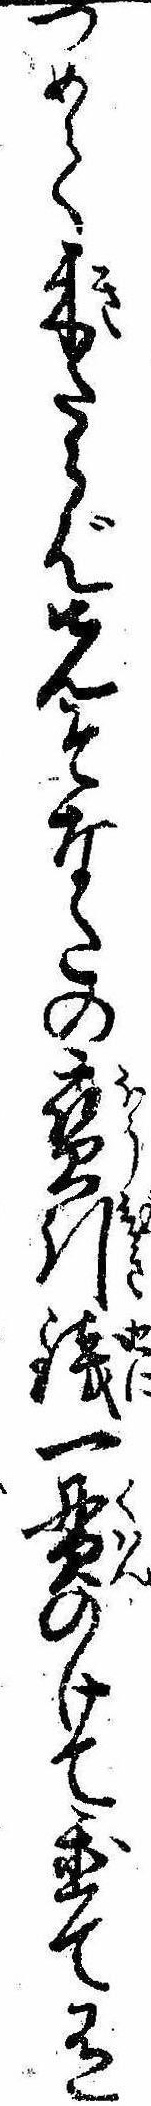
つめて来たらば先そなたの宝引銭一貫のけて置て有